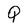
Character: Q